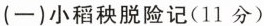
(一)小稻秧脱险记(11分)